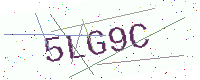
Text: 5LG9C